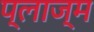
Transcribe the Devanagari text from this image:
प्लाज्म